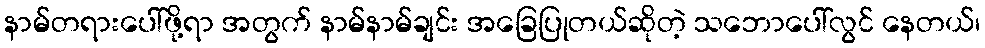
နာမ်တရားပေါ်ဖို့ရာ အတွက် နာမ်နာမ်ချင်း အခြေပြုတယ်ဆိုတဲ့ သဘောပေါ်လွင် နေတယ်၊